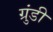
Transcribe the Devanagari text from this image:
ग्रुंडी